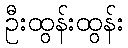
ဦးထွန်းထွန်း